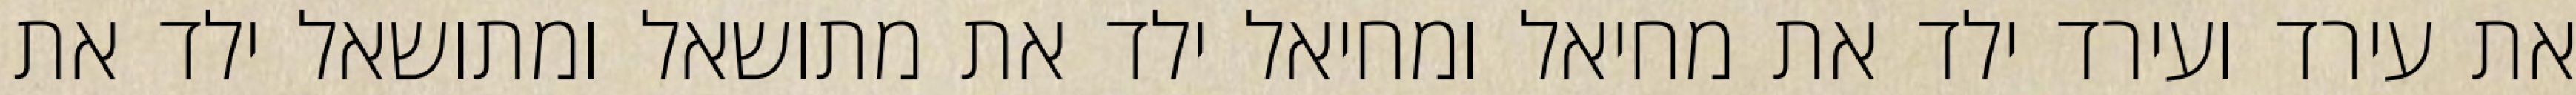
את עירד ועירד ילד את מחיאל ומחיאל ילד את מתושאל ומתושאל ילד את